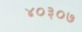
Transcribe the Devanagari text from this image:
४०३०७